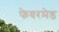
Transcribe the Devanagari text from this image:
फेयरमेड